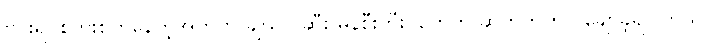
ဗိုင်းရပ်စ်ကူးစက်နေတဲ့အတွက် ချယ်လ်ဆီး မန်စီးတီးပွဲတွေကို ဆက်တိုက်လွဲချော်ခဲ့ရပါတယ်။